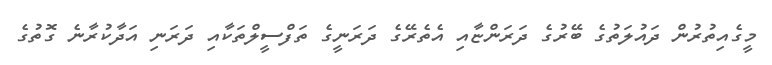
މީގެއިތުރުން ދައުލަތުގެ ބޭރުގެ ދަރަންޏާއި އެތެރޭގެ ދަރަނީގެ ތަފްސީލްތަކާއި ދަރަނި އަދާކުރާނެ ގޮތުގެ